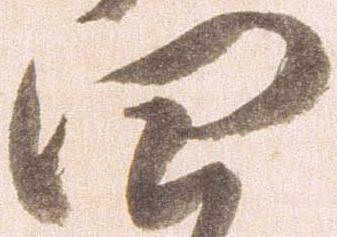
四